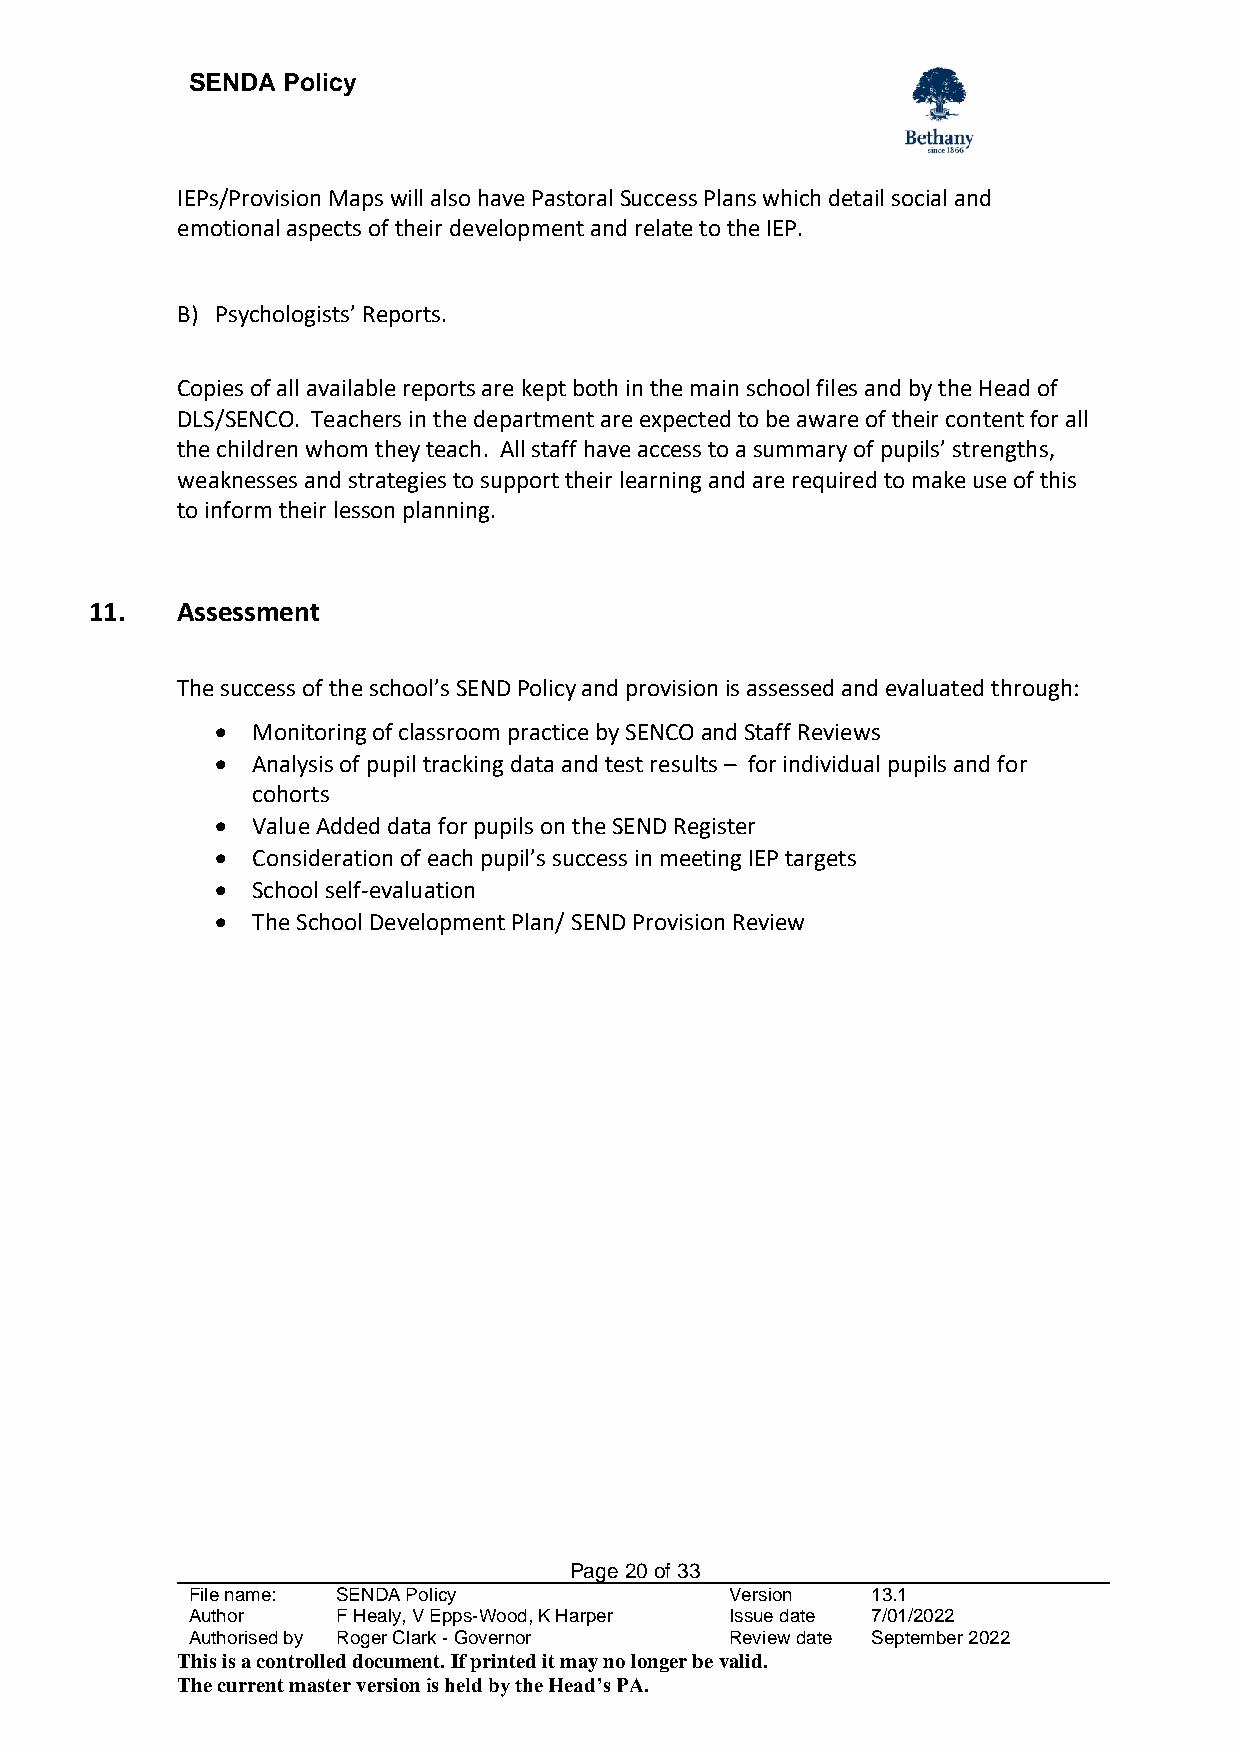
SENDA  Policy
 IEPs/Provision Maps will also have Pastoral Success Plans which detail social and
 emotional aspects of their development and relate to the IEP.
 B) Psychologists’ Reports.
 Copies of all available reports are kept both in the main school files and by the Head of
 DLS/SENCO. Teachers in the department are expected to be aware of their content for all
 the children whom they teach. All staff have access to a summary of pupils’ strengths,
 weaknesses and strategies to support their learning and are required to make use of this
 to inform their lesson planning.
 11.   Assessment
 The success of the school’s SEND Policy and provision is assessed and evaluated through:
 •  Monitoring of classroom practice by SENCO and Staff Reviews
 •  Analysis of pupil tracking data and test results – for individual pupils and for
 cohorts
 •  Value Added data for pupils on the SEND Register
 •  Consideration of each pupil’s success in meeting IEP targets
 •  School self-evaluation
 •  The School Development Plan/ SEND Provision Review
 Page 20 of 33
 File name: SENDA Policy             Version   13.1
 Author    F Healy, V Epps-Wood, K Harper Issue date 7/01/2022
 Authorised by Roger Clark - Governor Review date September 2022
 This is a controlled document. If printed it may no longer be valid.
 The current master version is held by the Head’s PA.